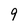
Character: 9